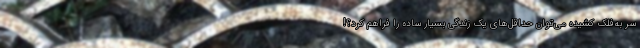
سر به‌فلک کشیده می‌توان حداقل‌های یک زندگیِ بسیار ساده را فراهم کرد؟!